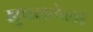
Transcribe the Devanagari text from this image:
खुपसलेला